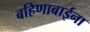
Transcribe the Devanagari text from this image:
बहिणाबाईना